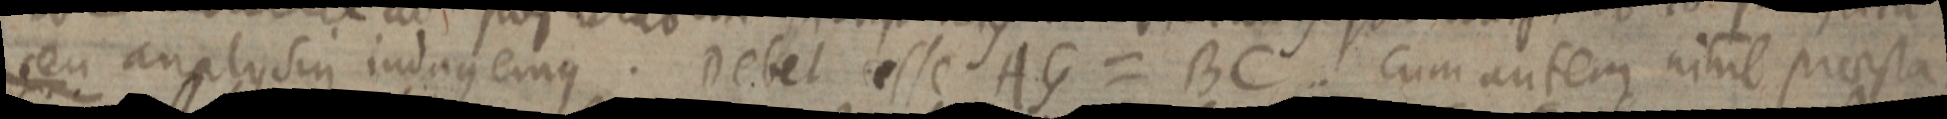
seu analysin indagemus. Debet esse AG = BC. cum autem nihil praesta